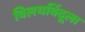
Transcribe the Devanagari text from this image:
विलयबिंदूला